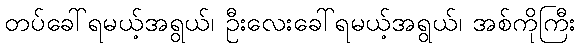
တပ်ခေါ်ရမယ့်အရွယ်၊ ဦးလေးခေါ်ရမယ့်အရွယ်၊ အစ်ကိုကြီး